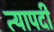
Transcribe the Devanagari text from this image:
त्यापदी